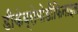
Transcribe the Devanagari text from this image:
डीकेब्रोमोडीफिनाइल